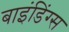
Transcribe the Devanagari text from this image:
बाइंडिंग्स